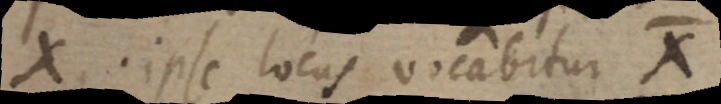
X. ipse locus vocabitur X